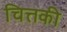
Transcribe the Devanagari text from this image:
चित्तकी